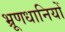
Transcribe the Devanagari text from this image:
भ्रूणधानियों